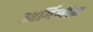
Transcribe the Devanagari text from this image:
आर्गिनीन